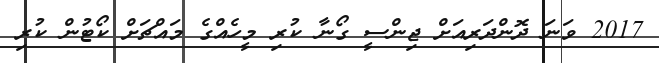
2017 ވަނަ ދޮންދަރިއަށް ޖިންސީ ގޯނާ ކުރި މީހެއްގެ މައްޗަށް ކޯޓުން ކުރި